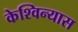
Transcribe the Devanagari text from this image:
केश्विन्यास